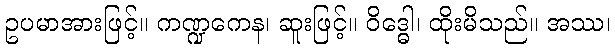
ဥပမာအားဖြင့်။ ကဏ္ဍကေန၊ ဆူးဖြင့်။ ဝိဒ္ဓေါ၊ ထိုးမိသည်။ အဿ၊